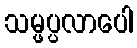
သမ္ဖပ္ပလာပေါ